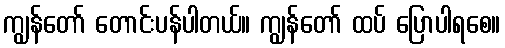
ကျွန်တော် တောင်းပန်ပါတယ်။ ကျွန်တော် ထပ် ပြောပါရစေ။